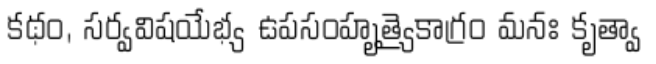
కథం, సర్వవిషయేభ్య ఉపసంహృత్యైకాగ్రం మనః కృత్వా